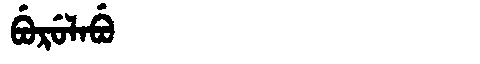
Manchu: ᠪᡠᡵᡠᠯᠠᠪᡠ
Romanization: BURULABU